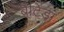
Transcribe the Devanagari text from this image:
बैटिडा